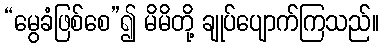
“မွေခံဖြစ်စေ”၍ မိမိတို့ ချုပ်ပျောက်ကြသည်။